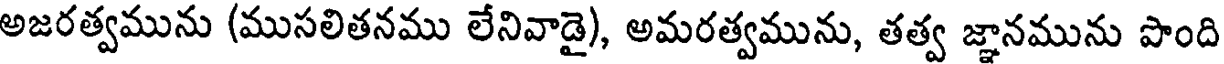
అజరత్వమును (ముసలితనము లేనివాడై), అమరత్వమును, తత్వ జ్ఞానమును పొంది